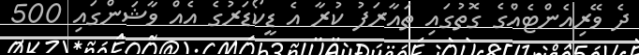
ދެ ވޭރިއެންޓެއްގެ ގޮތުގައި ތައާރަފު ކުރާ އެ ޑީކޯޑަރުގެ އެއް ވާޝަންގައި 500